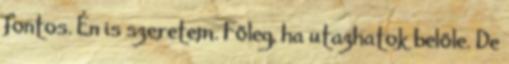
fontos. Én is szeretem. Főleg, ha utazhatok belőle. De